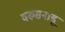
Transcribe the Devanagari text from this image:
वरुसनाडू